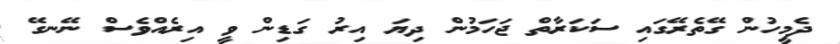
ދެމީހުން ގޭތެރޭގައި ސަކަރާތް ޖަހަމުން ދިޔަ އިރު ގަޑިން ވީ އިރެއްވެސް ނޭނގޭ